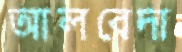
আলবেদা